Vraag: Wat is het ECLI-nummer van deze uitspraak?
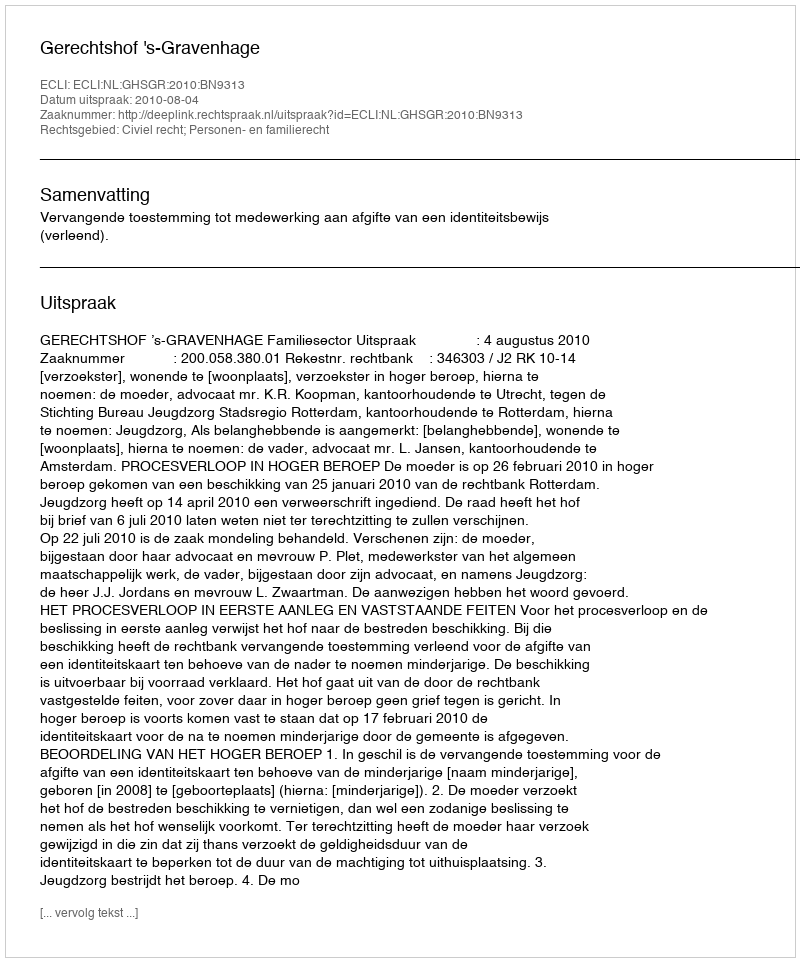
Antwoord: ECLI:NL:GHSGR:2010:BN9313